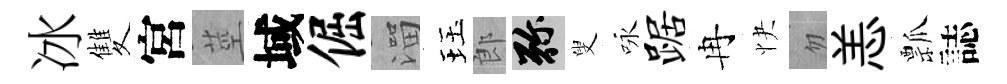
冰雙宮莖域倔溜珏郎弥叟咏踞冉快忽恙瓢誌